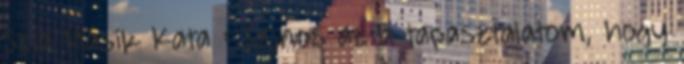
Szia Másik Kata : Sajnos az a tapasztalatom, hogy